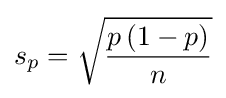
s_{p}={\sqrt {\frac {p\,(1-p)}{n}}}